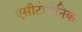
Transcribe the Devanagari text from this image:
एसीटोजेनिक